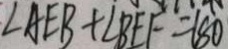
\angle A E B + \angle B E F = 1 8 0